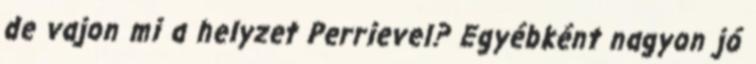
de vajon mi a helyzet Perrievel? Egyébként nagyon jó